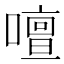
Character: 𠿞